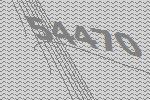
54470